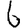
Digit: 6